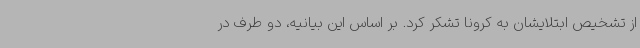
از تشخیص ابتلایشان به کرونا تشکر کرد. بر اساس این بیانیه، دو طرف در